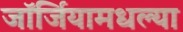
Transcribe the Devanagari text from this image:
जॉर्जियामधल्या